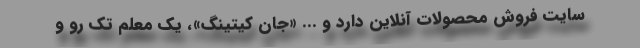
سایت فروش محصولات آنلاین دارد و ... «جان کیتینگ»، یک معلم تک رو و